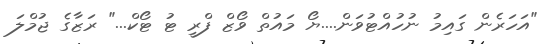
"އަހަރެން ގައިމު ނުހުއްޓުވަން....ޔޯ މައުތް ވޯޒް ފްރީ ޓު ޓޯކް..." ރަޒާގެ ޖުމްލަ